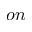
o n